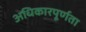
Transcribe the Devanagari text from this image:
अधिकारपूर्णता